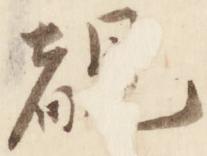
覩